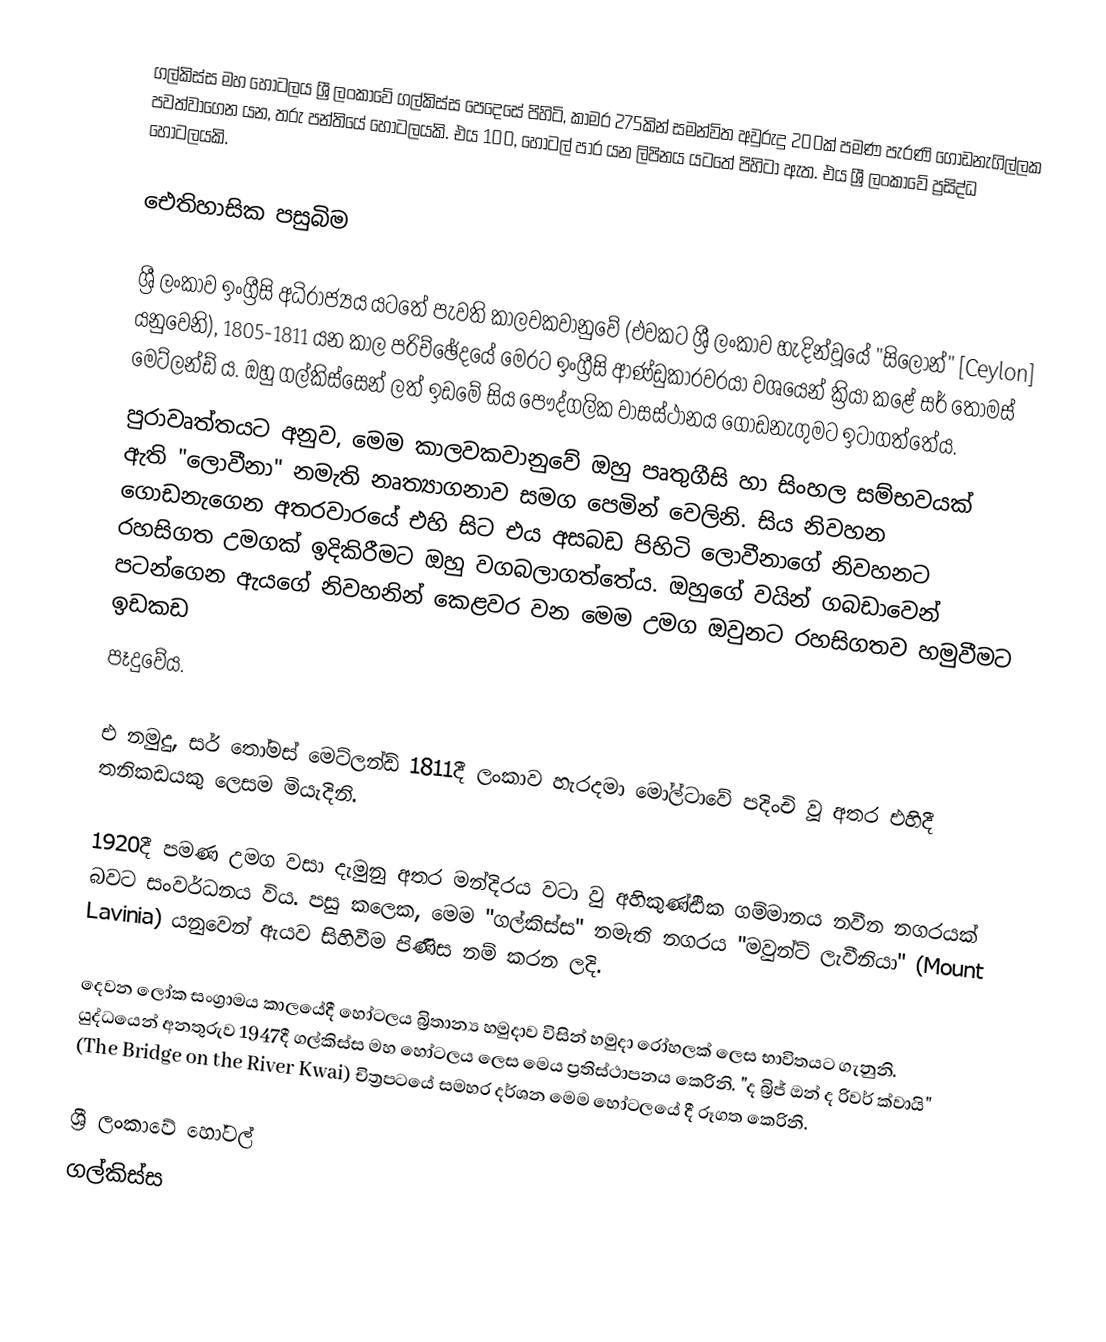
ගල්කිස්ස මහ හෝටලය ශ්‍රී ලංකාවේ ගල්කිස්ස පෙදෙසේ පිහිටි, කාමර 275කින් සමන්විත අවුරුදු 200ක් පමණ පැරණි ගොඩනැගිල්ලක පවත්වාගෙන යන, තරු පන්තියේ හෝටලයකි. එය 100, හෝටල් පාර යන ලිපිනය යටතේ පිහි‍ටා ඇත. එය ශ්‍රී ලංකාවේ  ප්‍රසිද්ධ හෝටලයකි.

ඓතිහාසික පසුබිම

ශ්‍රී ලංකාව ඉංග්‍රීසි අධිරාජ්‍යය යටතේ පැවති කාලවකවානුවේ (එවකට ශ්‍රී ලංකාව හැදින්වූයේ "සිලෝන්" [Ceylon] යනුවෙනි), 1805-1811 යන කාල පරිච්ඡේදයේ මෙරට ඉංග්‍රීසි ආණ්ඩුකාරවරයා වශයෙන් ක්‍රියා කළේ සර් තෝමස් මෙට්ලන්ඩ් ය. ඔහු ගල්කිස්‍‍සෙන් ලත් ඉඩමේ සිය පෞද්ගලික වාසස්ථානය ගොඩනැගුමට ඉටාගත්තේය.
පුරාවෘත්තයට අනුව, මෙම කාලවකවානුවේ ඔහු පෘතුගීසි හා සිංහල සම්භවයක් ඇති "ලොවීනා" නමැති නෘත්‍යාගනාව සමග පෙමින් වෙලිනි. සිය නිවහන ගොඩනැගෙන අතරවාරයේ එහි සිට එය අසබඩ පිහිටි ලොවීනාගේ නිවහනට රහසිගත උමගක් ඉදිකිරීමට ඔහු වගබලාගත්තේය. ඔහුගේ වයින් ගබඩාවෙන් පටන්ගෙන ඇයගේ නිවහනින් කෙළවර වන මෙම උමග ඔවුනට රහසිගතව හමුවීමට ඉඩකඩ
පෑදුවේය.

එ නමුදු,  සර් තෝමස් මෙට්ලන්ඩ් 1811දී ලංකාව හැරදමා මෝල්ටාවේ පදිංචි වූ අතර එහිදී තනිකඩයකු ලෙසම මියැදිනි.

1920දී පමණ උමග වසා දැමුනු අතර මන්දිරය වටා වු අහිකුණ්ඪික ගම්මානය නවීන නගරයක් බවට සංවර්ධනය විය. පසු කලෙක, මෙම "ගල්කිස්ස" නමැති නගරය "මවුන්ට් ලැවීනියා" (Mount Lavinia) යනුවෙන් ඇයව සිහිවීම පිණිස නම් කරන ලදි.

දෙවන ලෝක සංග්‍රාමය කාලයේදී හෝටලය බ්‍රිතාන්‍ය හමුදාව විසින් හමුදා රෝහලක් ලෙස භාවිතයට ගැනුනි. යුද්ධයෙන් අනතුරුව 1947දී ගල්කිස්ස මහ හෝටලය ලෙස මෙය ප්‍රතිස්ථාපනය කෙරිනි. "ද බ්‍රිජ් ඔන් ද රිවර් ක්වායි" (The Bridge on the River Kwai) චිත්‍රපටයේ සමහර දර්ශන මෙම හෝටලයේ දී රූගත කෙරිනි.

ශ්‍රී ලංකාවේ හෝටල්
ගල්කිස්ස